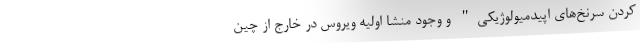
کردن سرنخ‌های اپیدمیولوژیکی" و وجود منشا اولیه ویروس در خارج از چین